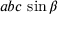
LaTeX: a b c \, \sin \beta